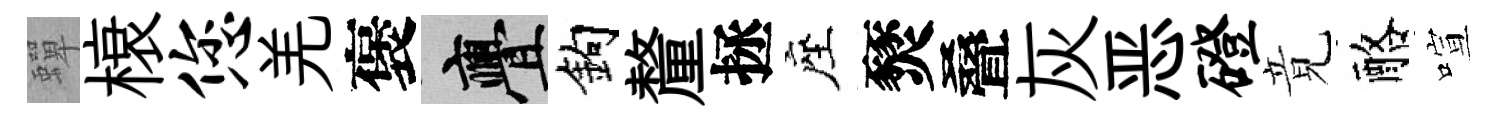
蟬榱您羌褒亹鈎釐拯座燹叠灰恶磴竟酪喧